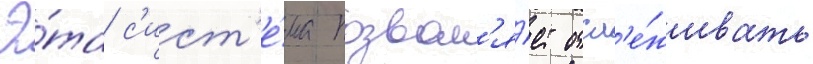
Э́та с'ист'е́ма позвол'я́ет отсл'е́живать